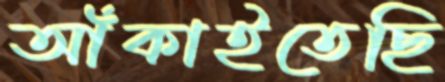
আঁকাইতেছি